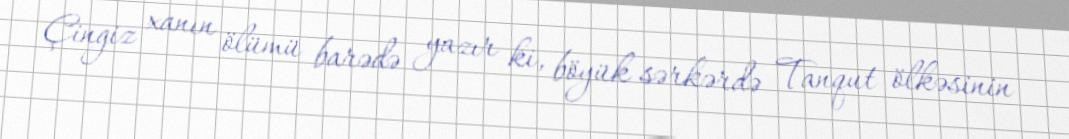
Çingiz xanın ölümü barədə yazır ki, böyük sərkərdə Tanqut ölkəsinin